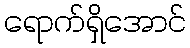
ရောက်ရှိအောင်